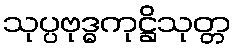
သုပ္ပဗုဒ္ဓကုဋ္ဌိသုတ္တ